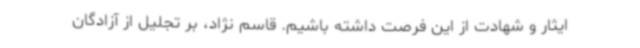
ایثار و شهادت از این فرصت داشته باشیم. قاسم نژاد، بر تجلیل از آزادگان